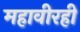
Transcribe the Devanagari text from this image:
महावीरही